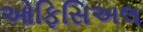
ઓફિસિઅલ